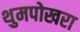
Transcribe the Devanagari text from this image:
थुमपोखरा